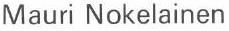
Mauri Nokelainen